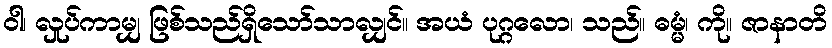
ဝါ၊ လှုပ်ကာမျှ ဖြစ်သည်ရှိသော်သာလျှင်။ အယံ ပုဂ္ဂလော၊ သည်။ ဓမ္မံ၊ ကို။ ဇာနာတိ